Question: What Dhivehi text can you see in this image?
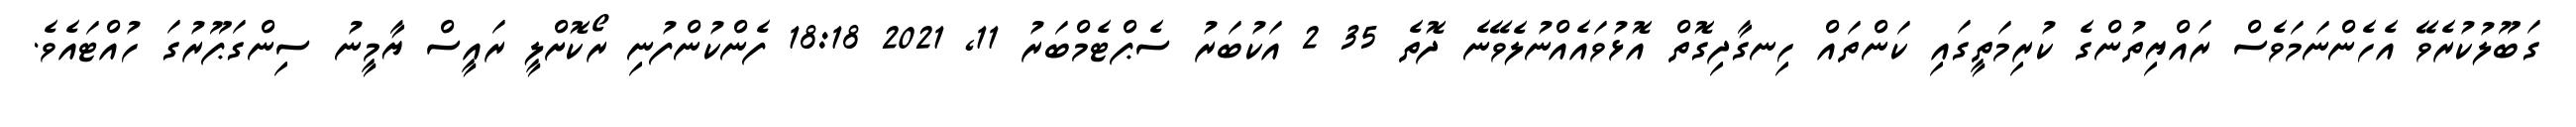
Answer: ގަބޫލުކުރެވޭ އެހެންނަމަވެސް ރައްޔިތުންގެ ކުރިމަތީގައި ކަންތައް ހިނގާދިގޮތް އޮޅުވައެއްނުލެވޭނެ ދޮތެ 35 2 އަކުބަރު ސެޕްޓެމްބަރު 11, 2021 18:18 ފެންކުންފުނި ރޯކޮށްލީ ރައީސް ޔާމީނު ސިންގަޕޫރުގަ ހުއްޓައެވެ.